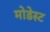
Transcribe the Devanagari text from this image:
मोडेस्ट